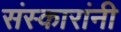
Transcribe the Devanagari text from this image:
संस्कारांनी